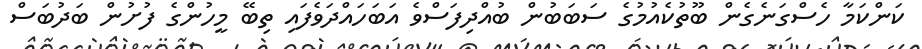
ކަންކަމާ ހެސްގަނެގެން ބޫތުކެއުމުގެ ސަބަބުން ބުއްދިފަސްވެ އަބަހައްދަވެފައި ތިބޭ މީހުންގެ ފުށުން ބަދުބަސް